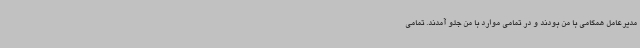
مدیرعامل همگامی با من بودند و در تمامی موارد با من جلو آمدند. تمامی